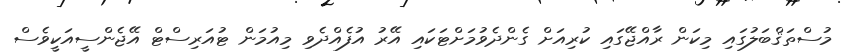
މުސްތަޤްބަލުގައި މިކަން ރާއްޖޭގައި ކުރިއަށް ގެންދެވުމަށްޓަކައި އޭރު އުފެއްދެވި މިއުމަން ޓުއަރިސްޓް އޭޖެންސީއަކީވެސް